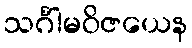
သင်္ဂါမဝိဇယေန